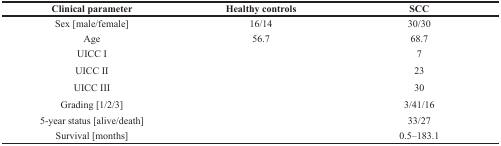
<table><thead><tr><td><b>Clinical parameter</b></td><td><b>Healthy controls</b></td><td><b>SCC</b></td></tr></thead><tbody><tr><td>Sex [male/female]</td><td>16/14</td><td>30/30</td></tr><tr><td>Age</td><td>56.7</td><td>68.7</td></tr><tr><td>UICC I</td><td></td><td>7</td></tr><tr><td>UICC II</td><td></td><td>23</td></tr><tr><td>UICC III</td><td></td><td>30</td></tr><tr><td>Grading [1/2/3]</td><td></td><td>3/41/16</td></tr><tr><td>5-year status [alive/death]</td><td></td><td>33/27</td></tr><tr><td>Survival [months]</td><td></td><td>0.5–183.1</td></tr></tbody></table>